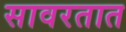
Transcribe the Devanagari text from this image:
सावरतात